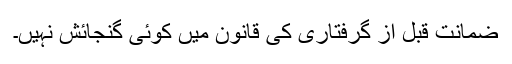
ضمانت قبل از گرفتاری کی قانون میں کوئی گنجائش نہیں۔